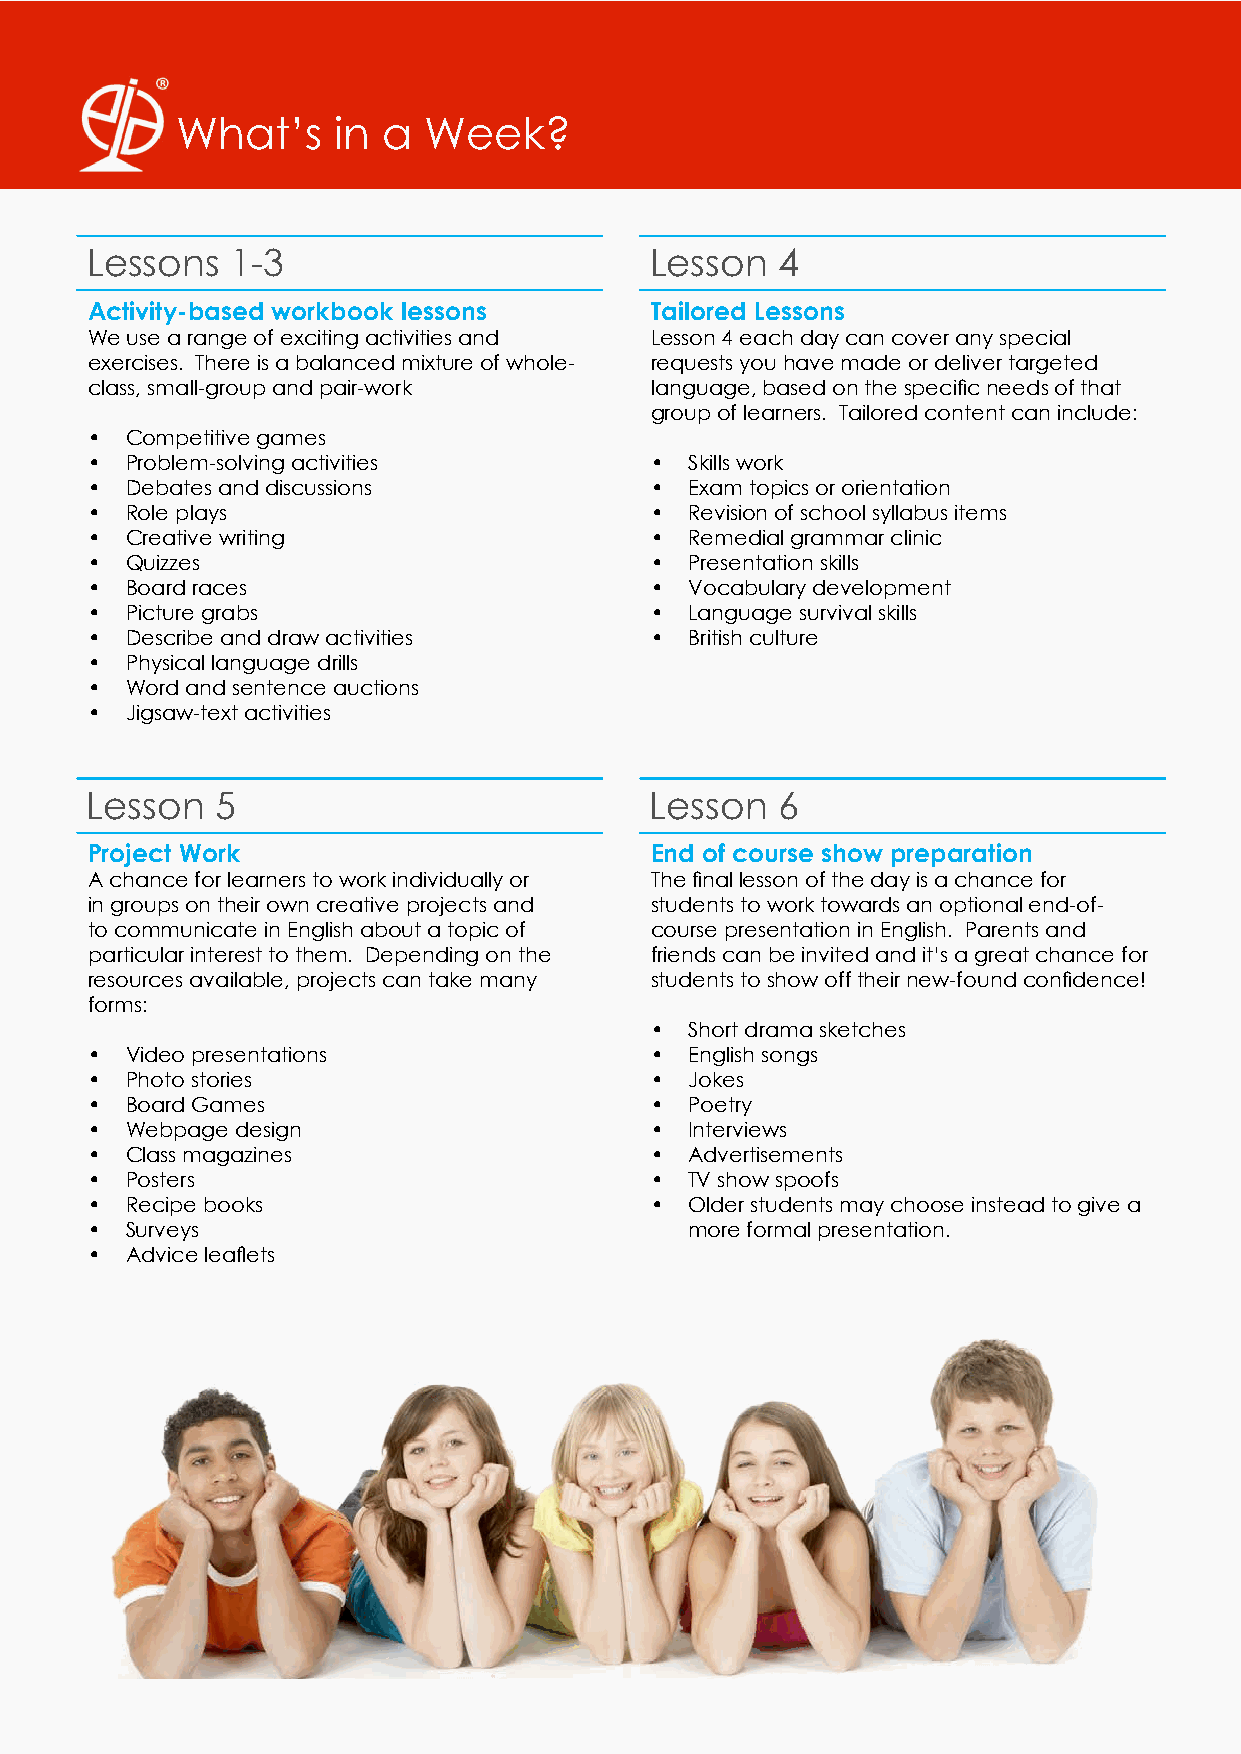
What’s    in a  Week?
 Lessons  1-3                         Lesson  4
 Activity-based workbook lessons      Tailored Lessons
 We use a range of exciting activities and Lesson 4 each day can cover any special
 exercises. There is a balanced mixture of whole- requests you have made or deliver targeted
 class, small-group and pair-work     language, based on the specific needs of that
 group of learners. Tailored content can include:
 • Competitive games
 • Problem-solving activities         •  Skills work
 • Debates and discussions            •  Exam topics or orientation
 • Role plays                         •  Revision of school syllabus items
 • Creative writing                   •  Remedial grammar clinic
 • Quizzes                            •  Presentation skills
 • Board races                        •  Vocabulary development
 • Picture grabs                      •  Language survival skills
 • Describe and draw activities       •  British culture
 • Physical language drills
 • Word and sentence auctions
 • Jigsaw-text activities
 Lesson  5                            Lesson  6
 Project Work                         End of course show preparation
 A chance for learners to work individually or The final lesson of the day is a chance for
 in groups on their own creative projects and students to work towards an optional end-of-
 to communicate in English about a topic of course presentation in English. Parents and
 particular interest to them. Depending on the friends can be invited and it’s a great chance for
 resources available, projects can take many students to show off their new-found confidence!
 forms:
 •  Short drama sketches
 • Video presentations                •  English songs
 • Photo stories                      •  Jokes
 • Board Games                        •  Poetry
 • Webpage design                     •  Interviews
 • Class magazines                    •  Advertisements
 • Posters                            •  TV show spoofs
 • Recipe books                       •  Older students may choose instead to give a
 • Surveys                               more formal presentation.
 • Advice leaflets